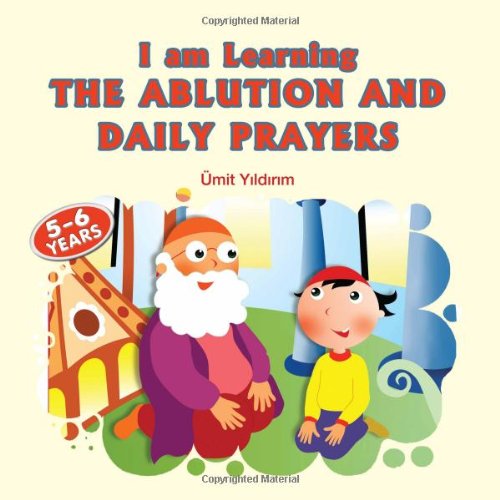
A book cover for I am Learning the Ablution and Daily Prayers; Umit Yildirim; Children's Books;